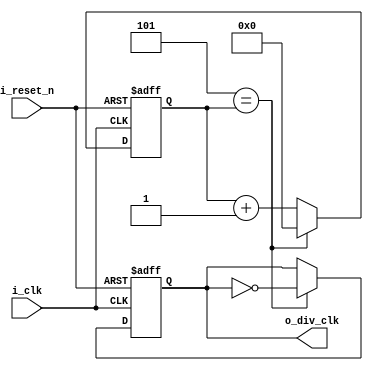
//*******************************FILE HEAD**************************************
//*********************Verilog HDL *********************
// FUNCTION        : 6
// AUTHOR          : 
// DATE & REVISION : 
// COMPANY         : Verilog HDL 
// UPDATE          :
//******************************************************************************
`timescale 1ns/1ns

module p_clk_div
    #(
        parameter COEFFICIENT = 12,//
        parameter CNT_WIDTH = 4 //   
    )
    (
        input i_reset_n, //
        input i_clk, //
        
        
        output  o_div_clk //
    );
    
    //o_data
    reg [CNT_WIDTH-1 : 0] r_cnt;
    reg r_div_clk;
    assign o_div_clk = r_div_clk;
    
    //JKJK
    always @(posedge i_clk, negedge i_reset_n) 
    begin
        if(1'b0 == i_reset_n)
            r_cnt <= 2'd0;
        else
            if((COEFFICIENT/2-1) == r_cnt)
                r_cnt <= 0;
            else
                r_cnt <= r_cnt + 1;
	end
	
	always @(posedge i_clk, negedge i_reset_n) 
    begin
        if(1'b0 == i_reset_n)
            r_div_clk <= 1'b0;
        else
            if((COEFFICIENT/2-1) == r_cnt)
                r_div_clk <= ~r_div_clk;
	end
    
endmodule
// END OF p_clk_div.v FILE ***************************************************